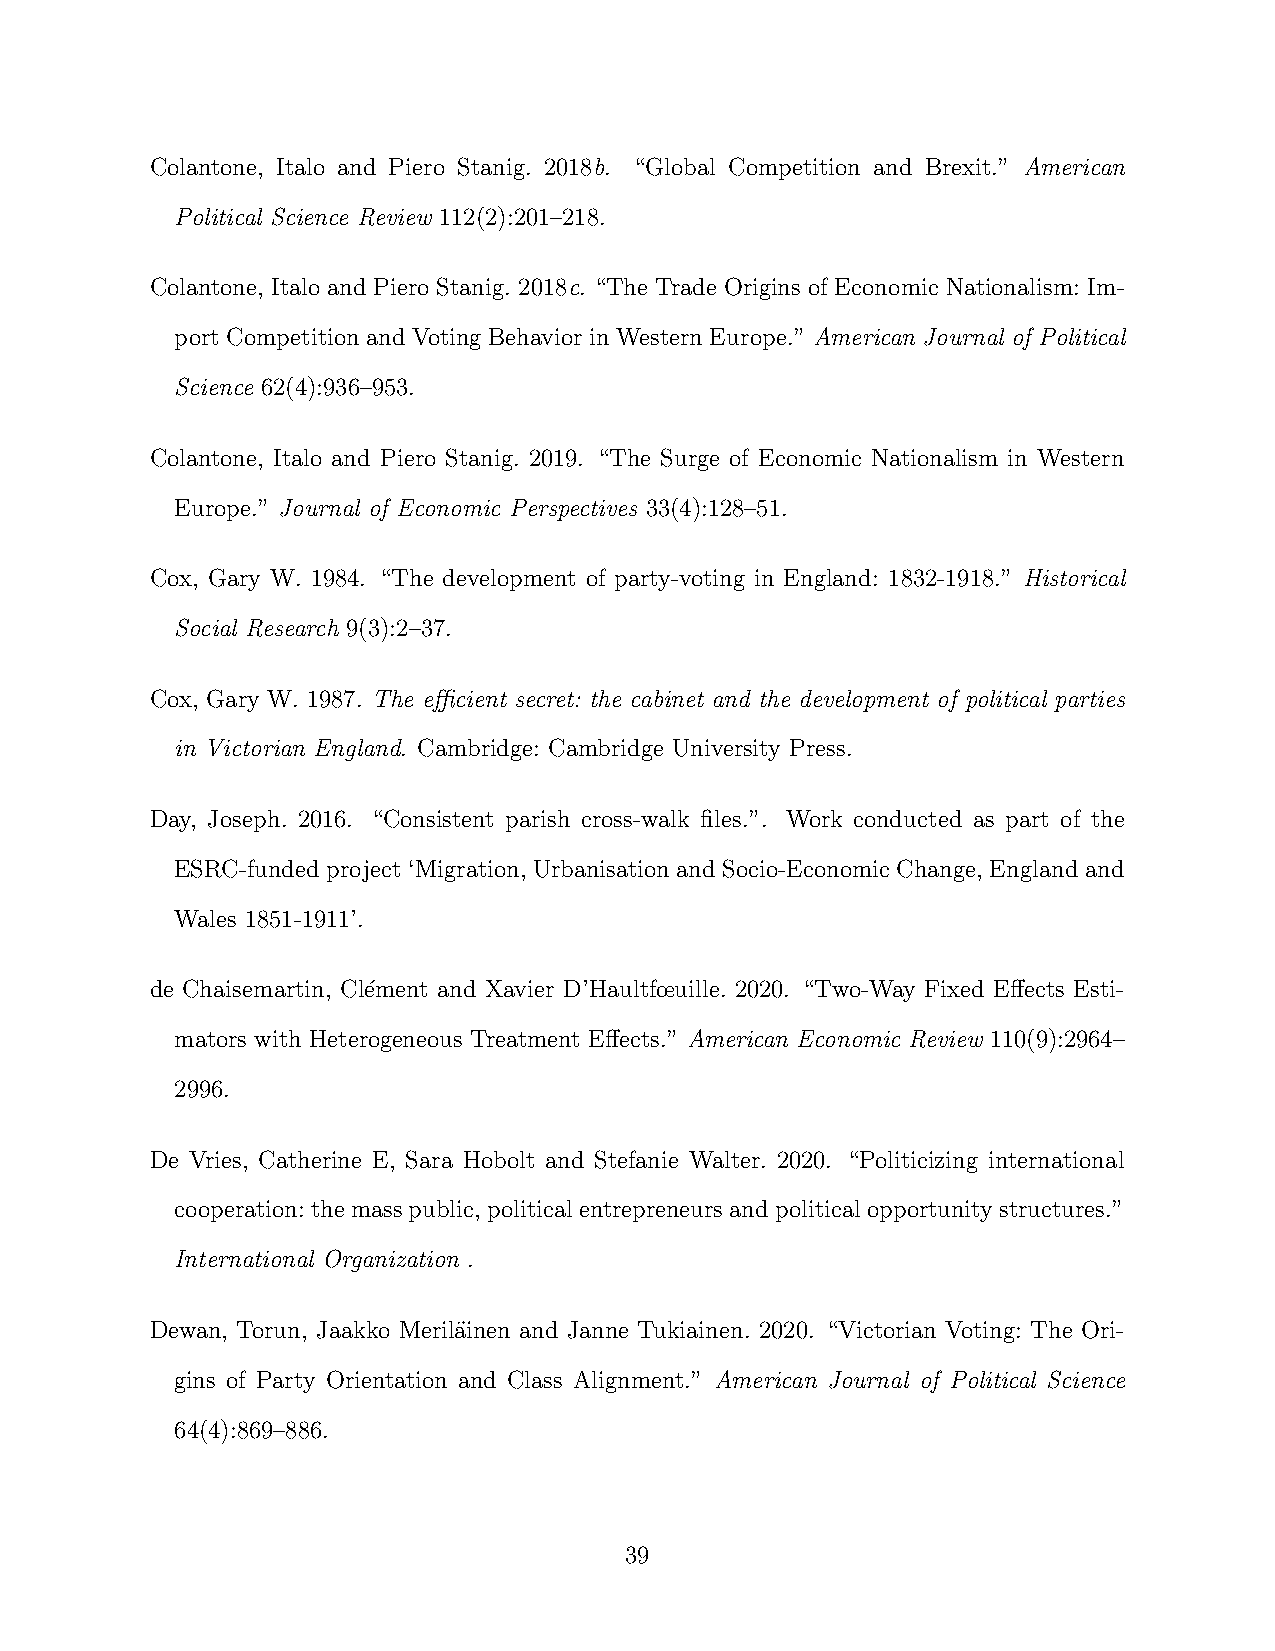
Colantone, Italo and Piero Stanig. 2018b. “Global Competition and Brexit.” American
 Political Science Review 112(2):201–218.
 Colantone, Italo and Piero Stanig. 2018c. “The Trade Origins of Economic Nationalism: Im-
 port Competition and Voting Behavior in Western Europe.” American Journal of Political
 Science 62(4):936–953.
 Colantone, Italo and Piero Stanig. 2019. “The Surge of Economic Nationalism in Western
 Europe.” Journal of Economic Perspectives 33(4):128–51.
 Cox, Gary W. 1984. “The development of party-voting in England: 1832-1918.” Historical
 Social Research 9(3):2–37.
 Cox, Gary W. 1987. The efficient secret: the cabinet and the development of political parties
 in Victorian England. Cambridge: Cambridge University Press.
 Day, Joseph. 2016. “Consistent parish cross-walk files.”. Work conducted as part of the
 ESRC-funded project ‘Migration, Urbanisation and Socio-Economic Change, England and
 Wales 1851-1911’.
 de Chaisemartin, Cl´ement and Xavier D’Haultfœuille. 2020. “Two-Way Fixed Effects Esti-
 mators with Heterogeneous Treatment Effects.” American Economic Review 110(9):2964–
 2996.
 De Vries, Catherine E, Sara Hobolt and Stefanie Walter. 2020. “Politicizing international
 cooperation:themasspublic,politicalentrepreneursandpoliticalopportunitystructures.”
 International Organization .
 Dewan, Torun, Jaakko Meril¨ainen and Janne Tukiainen. 2020. “Victorian Voting: The Ori-
 gins of Party Orientation and Class Alignment.” American Journal of Political Science
 64(4):869–886.
 39